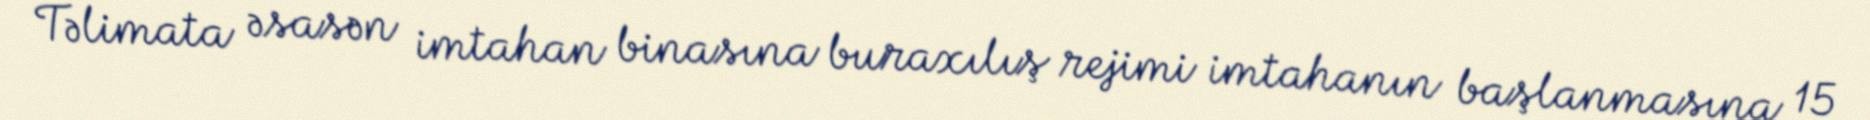
Təlimata əsasən imtahan binasına buraxılış rejimi imtahanın başlanmasına 15